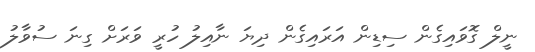
ނީލް ގޮވައިގެން ސިޑިން އަރައިގެން ދިޔަ ނާއިލު ހުރީ ވަރަށް ގިނަ ސުވާލު